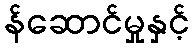
န်ဆောင်မှုနှင့်